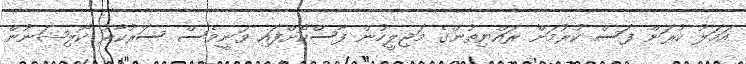
އަމަލު ކުރަން ފަސް ކުރުމަށް ރައްޔިތުންގެ މަޖިލީހުން ފާސްކޮށްފައި ވަނީވެސް ސަރުކާރު ކޯލިޝަނުން